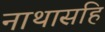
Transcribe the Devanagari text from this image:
नाथासहि